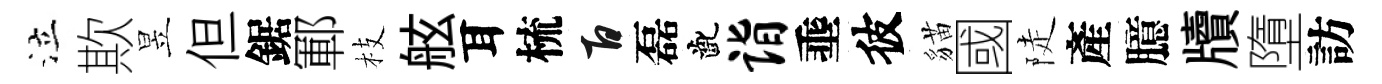
泣欺昱但鋸鄆枝舷耳梳百磊齔诣埀彼貓國陡產臆牘墮訪